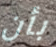
بأن